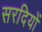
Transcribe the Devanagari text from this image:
सरदियों